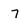
Character: 7